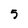
Character: 5